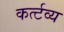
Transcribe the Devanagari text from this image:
कर्त्टव्य